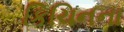
કિચિનના